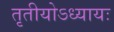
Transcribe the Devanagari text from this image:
तृतीयोऽध्यायः